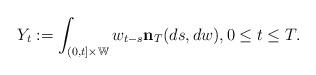
LaTeX: \begin{align*} Y_t := \int_{(0,t] \times \mathbb W} w_{t-s} \mathbf n_T(ds,dw), 0 \leq t\leq T. \end{align*}